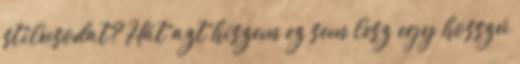
stílusodat? Hát azt hiszem ez sem lesz egy hosszú